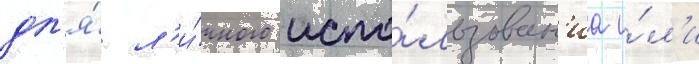
дл'я́ л'и́чного испо́льзован'иа и́л'и